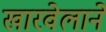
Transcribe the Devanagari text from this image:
खारवेलाने